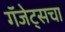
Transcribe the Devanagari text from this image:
गॅजेट्सचा